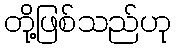
တို့ဖြစ်သည်ဟု